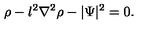
\rho - l ^ { 2 } \nabla ^ { 2 } \rho - | \Psi | ^ { 2 } = 0 .